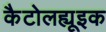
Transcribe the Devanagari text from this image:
कैटोलह्यूइक